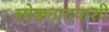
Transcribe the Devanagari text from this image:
लोकनाटयाशी